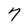
Character: 7